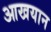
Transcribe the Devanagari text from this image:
आखयान